Vital statistics of India. Vol. V, Reports of 1876 on armies & jails and on epidemic cholera
Year: 1876
Disease focus: Cholera
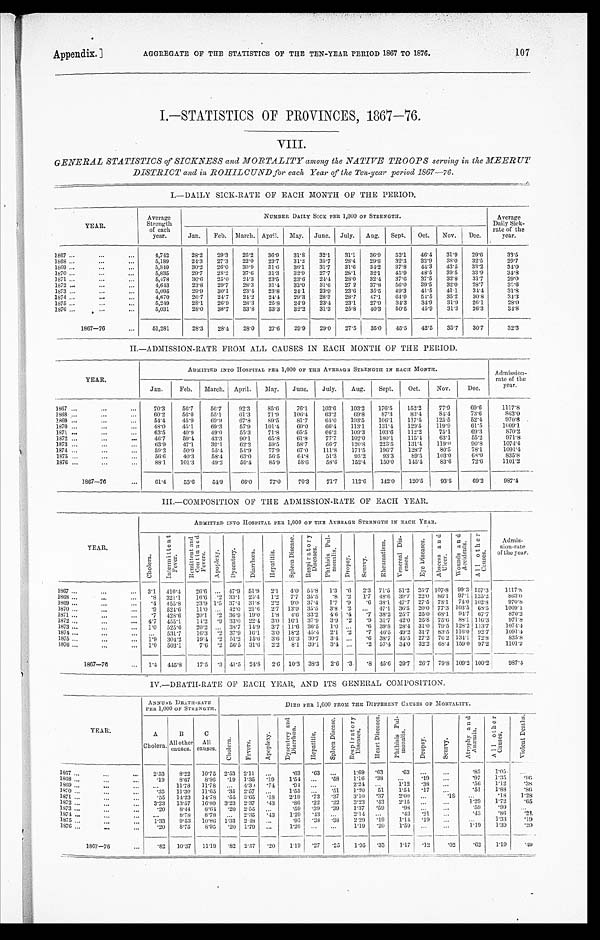
Appendix.]
AGGREGATE OF THE STATISTICS OF THE TEN-YEAR PERIOD 1867 TO 1876.
1 0 7
I.—STATISTICS OF PROVINCES, 1867—76.
VIII.
GENERAL STATISTICS of SICKNESS and MORTALITY among the NATIVE TROOPS serving in the MEERUT
DISTRICT and in ROHILCUND for each Year of the Ten-year period 1867—76.
I.—DAILY SICK-RATE OF EACH MONTH OF THE PERIOD.
Y E A R .
Average
Strength
of each
year.
NUMBER DAILY SICK PER 1,000 OF STRENGTH.
Average
Daily Sick
-
rate of the
year.
Jan.
Feb.
March. April.
May.
June.
July.
Aug.
Sept.
Oct.
Nov.
Dec.
1867 . . .
4,742
28.2
29.3
26.2
36.9
31.8
32.1
31.1
36.9
52.1
46.4
31.9
29.6
33.5
1868 . . .
5,189
24.3
27.3
22.0
23.7
31.2
35.7
28.4
29.6
32.3
32.9
38.0
32.5
29.7
1869 . . .
5,349
30.2
26.0
30.9
31.6
36.1
31.7
31.6
34.2
37.8
44.3
43.5
33.2
34.0
1870 . . .
5,835
29.7
28.2
37.6
31.3
32.9
27.7
28.1
32.1
45.9
48.5
39.5
33.9
34.8
1 8 7 1 . . .
5,478
30.6
25.0
24.3
23.5
23.6
24.4
28.0
32.4
37.6
37.5
32.8
31.7
29.0
1872 . . .
4,643
23.8
29.7
28.3
31.4
33.0
31.6
27 2
37.8
56.0
39.5
32.0
28.7
33.6
1873 . . .
5,095
29.9
30.1
23.4
23.8
24.1
23.9
23.6
35.5
49.3
41.5
411
34.4
31.8
1874 . . .
4,670
26.7
24.7
24.2
24.4
29.3
28.3
28.7
47.1
64.9
54.5
35.2
30.8
34.3
1875 . . .
5,249
28.1
26.9
28.3
25.8
24.9
23.4
23.1
27.9
34.3
34.9
31.9
26.1
28.0
1876 . . .
5,031
28.0
38.7
33.8
33.3
32.2
31.3
25.8
40.3
50.5
45.9
31.3
26.3
34.8
1867—76 . . .
51,281
28.3
28.4
28.0
27.6
29.9
29.0
27.5
35.0
45.5
42.5
35.7
30.7
32.3
II.—ADMISSION-RATE FROM ALL CAUSES IN EACH MONTH OF THE PERIOD.
YEAR.
ADMITTED INTO HOSPITAL PER 1,000 OF THE AVERAGE STRENGTH IN EACH MONTH.
Admission
-
rate of the
year.
Jan.
Feb.
March.
April.
May.
June.
July.
Aug.
Sept.
Oct.
Nov.
Dec.
1867 . . .
70.3
56.7
56.7
92.3
85.6
76.1
103.6
103.2
176.5
152.2
77.9
69.6
1117.8
1868 . . .
60.2
56.0
55.1
61.3
71.9
106.4
63.2
69.8
87.3
83.4
84.4
73.6
863.0
1869 . . .
54.4
45.9
69.9
67.8
89.5
81.7
64.0
103.5
106.1
117.5
125.5
52.4
970.8
1870 . . .
48.0
45.1
69.3
57.9
101.4
60.0
66.4
113.1
131.4
129.5
119.9
61.5
1009.1
1871 . . .
63.5
40.9
49.0
55.3
71.8
65.5
6 6 . 2
109.3
103.6
112.2
75.1
69.3
870.2
1872 . . .
46.7
59.4
43.3
90.1
65.8
61.8
77.7
102.0
180.1
115.4
63.1
55.2
971.8
1873 . . .
63.9
47.1
39.1
62.2
59.5
58.7
66.7
120.8
223.5
131.4
119.0
90.8
1074.4
1874 . . .
59.2
50.9
55.4
54.9
77.9
67.0
111.8
171.5
196.7
128.7
80.5
78.1
1091.4
1875 . . .
56.6
40.3
58.4
63.0
56.5
6 4 . 8
51.3
93.2
93.3
89.5
103.0
68.0
835.8
1876 . . .
88.1
101.3
49.2
59.4
85.9
58.6
58.6
152.4
150.0
145.4
83.6
72.6
1101.2
1867—76 . . .
61.4
53.6
54.9
66.0
77.0
70.3
71.7
112.6
142.0
120.5
93.5
69.2
987.4
III.—COMPOSITION OF THE ADMISSION-RATE OF EACH YEAR.
YEAR.
ADMITTED INTO HOSPITAL PER 1,000 0F THE AVERAGE STRENGTH IN EACH YEAR.
Admis- s i o n - r a t e o f t h e y e a r .
C h o l e r a .
I n t e r m i t t e n t F e v e r .
R e m i t t e n t a n d C o n t i n u e d F e v e r s .
A p o p l e x y .
D y s e n t e r y .
D i a r r h œ a .
H e p a t i t i s .
S p l e e n D i s e a s e .
R e s p i r a t o r y D i s e a s e s .
P h t h i s i s P u l - mo n a l i s .
D r o p s y .
S c u r v y .
R h e u m a t i s m . Ve n e r a l Di s - e a s e s .
E y e D i s e a s e s .
A b s c e s s a n d U l c e r .
W o u n d s a n d A c c i d e n t . A l l o t h e r C a u s e s .
1867 . . .
3.1
410.4
26.6
. . . 47.9 51.9
2.1
4.0 54.8
1.3 .6
2.3 71.5
51.2
25.7 107.8
99.3 157.3
1117.8
1 8 6 8 . . .
. . 8 321.1
16.6 ..2 33.1
25.4
1.2
7.7
35.5
.8 ..2
1.7 48.6
39.7 22.0
86.1
97.1 125.2
863.0
1869 . . .
..4
455.8
23.9 1.5 37.4 31.8
2.2
9.0
37.4
1.7 ..9
.6
38.1 47.7 27.5
78.1
74.0 102.8
970.8
1 8 7 0 . . .
..9
524.6
11.0
. . . 42.0 21.6
2.7
13.9
35.5
3.8 ..2
. . .
47.1
36.5
20.0 77.3 103.5 68.5
1009.1
1871 . . .
..7
428.6
20.1
..2
36.9 19.0
1.8
4.6 33.2
4.6
. . 4
.7 38.2 25.7
25.0 68.1
94.7
67.7
870.2
1872 . . .
4.7
455.1
14.2 ..9 33.0 22.4
3.0
16.1
37.9
3.9 ..2
.9 31.7
42.0
25.8 75.6
88.1 116.3
971. 8
1873 . . .
1.0
525.6
20.2
. . . . 38.7 14.9
3.7
11.6 36.5
1.0
. . .
.6
39.8
28.4 31.0
79.5 128.2 113.7
1074.4
1874 . . .
. . .
531.7
16.3
. . 2 37.9 16.1
3.0
18.2 45.4
2.1 ..2
.7 46.5 49.2 31.7
83.5 116.0 92.7
1091.4
1875 . . .
1.9
304.2
19.4 .2
51.2
15.6
3.6
10.3 30.7
3.4
. . .
. 6 38.7
45.5 27.2
76 2 134.1
72.8
835.8
1876 . . .
1.0
503.1
7.6 .2 56.5 31.6
2. 2
8.1
39.1
3.4
. . .
.2 57.4
34.0 32.2
68.4 159.0
97.2
1101.2
1867—76 . . .
1.4
445.8
17.5 .3 41.5
24.8
2.6
10.3
38.3
2.6 .3
.8
45.6
39.7
26.7
79.8 109.2 100.2
987.4
IV.—DEATH-RATE OF EACH YEAR, AND ITS GENERAL COMPOSITION.
Y E A R .
ANNUAL
D E A T H - R A T E P E R 1 , 0 0 0 O F S T R E N G T H .
DIED PER 1,000 FROM THE DIFFERENT CAUSES OF MORTALITY.
A
Cholera.
B
All other
causes.
C
All
causes.
C h o l e r a .
F e v e r s .
A p o p l e x y .
D y s e n t e r y a n d D i a r r h œ a .
H e p a t i t i s .
S p l e e n D i s e a s e .
R e s p i r a t o r y D i s e a s e s .
H e a r t D i s e a s e s .
P h t h i s i s P u l - m o n a l i s .
D r o p s y .
S c u r v y .
A t r o p h y a n d A n æ m i a .
A l l o t h e r C a u s e s .
V i o l e n t D e a t h s .
1867 . . .
2 . 5 3
8.22
10.75 2.53
2.11
. . .
.63
. 6 3
. . .
1. 69
. 6 3
. 6 3
. . .
. . .
. 8 5 1.05
. . .
1868 . . .
...19
8.67
8.86
.19 1.35
. 1 9
1.54
. . .
. . 5 8
1.16
. . 3 8
. . .
. . . 1 9
. . .
. . 9 7 1.35
. . 9 6
1869 . . .
. . . . 11.78
11.78
. . .
4.30
. 7 4
. 9 4
. . .
.. . .
2.24
. . . .
1.12
. . 3 8
. . .
. 5 6 1.12
..28
. 5 1 1.88
..86
1870 . . .
...35
11.30
11.65
.35 2.57
. . .
1.55
. . .
. 5 1
1.20
51
1.54
. . 1 7
. . .
1.28
.18
1871 . . .
...55
14.23
14.78
.55 3.65
. 1 8
2.19
. 7 3
. 3 7
3.10
. 3 7
2.00
. . .
..18
. . .
1.29
1.72
.65
1872 . . .
3.23
13.57
16.80
3.23
2.37
. 4 3
.86
. 2 2
. 2 2
3.23
. 4 3
2.15
. . .
. . .
. 5 9 .99
. . .
1873 . . .
...20
8.44
8.64
.20 2.55
. . .
.59
. 3 9
. 3 9
1.37
. 59
. 9 8
. . .
. . .
. 4 3 .86
.21
1874 . . .
. . .
8.78
8.78
. . .
2.35
. 4 3
1.29
. 4 3
. . .
2.14
. . .
. 4 3
. 2 1
. . .
1875 . . .
1.33
9.53
10.86
1.33
2.48
. . .
.95
. 3 8
. 3 8
2.29
. 1 9
1 . 1 4
. . 1 9
. . .
. . .
1.33
..19
1876 . . .
. 2 0
8.75
8.95
.20 1.79
. . .
1.20
. . .
. . .
1.19
. 20
1.59
. . .
. . .
1.19
1.39
.20
1867—76 . . .
.82
10.37
11.19
.82
2.57
. 2 0
1.19
. 2 7
. 2 5
1.95
. 3 3
1.17
. 1 2
.02
. 6 2 1.19
. 4 9